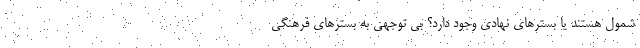
شمول هستند یا بسترهای نهادی وجود دارد؟ بی توجهی به بسترهای فرهنگی